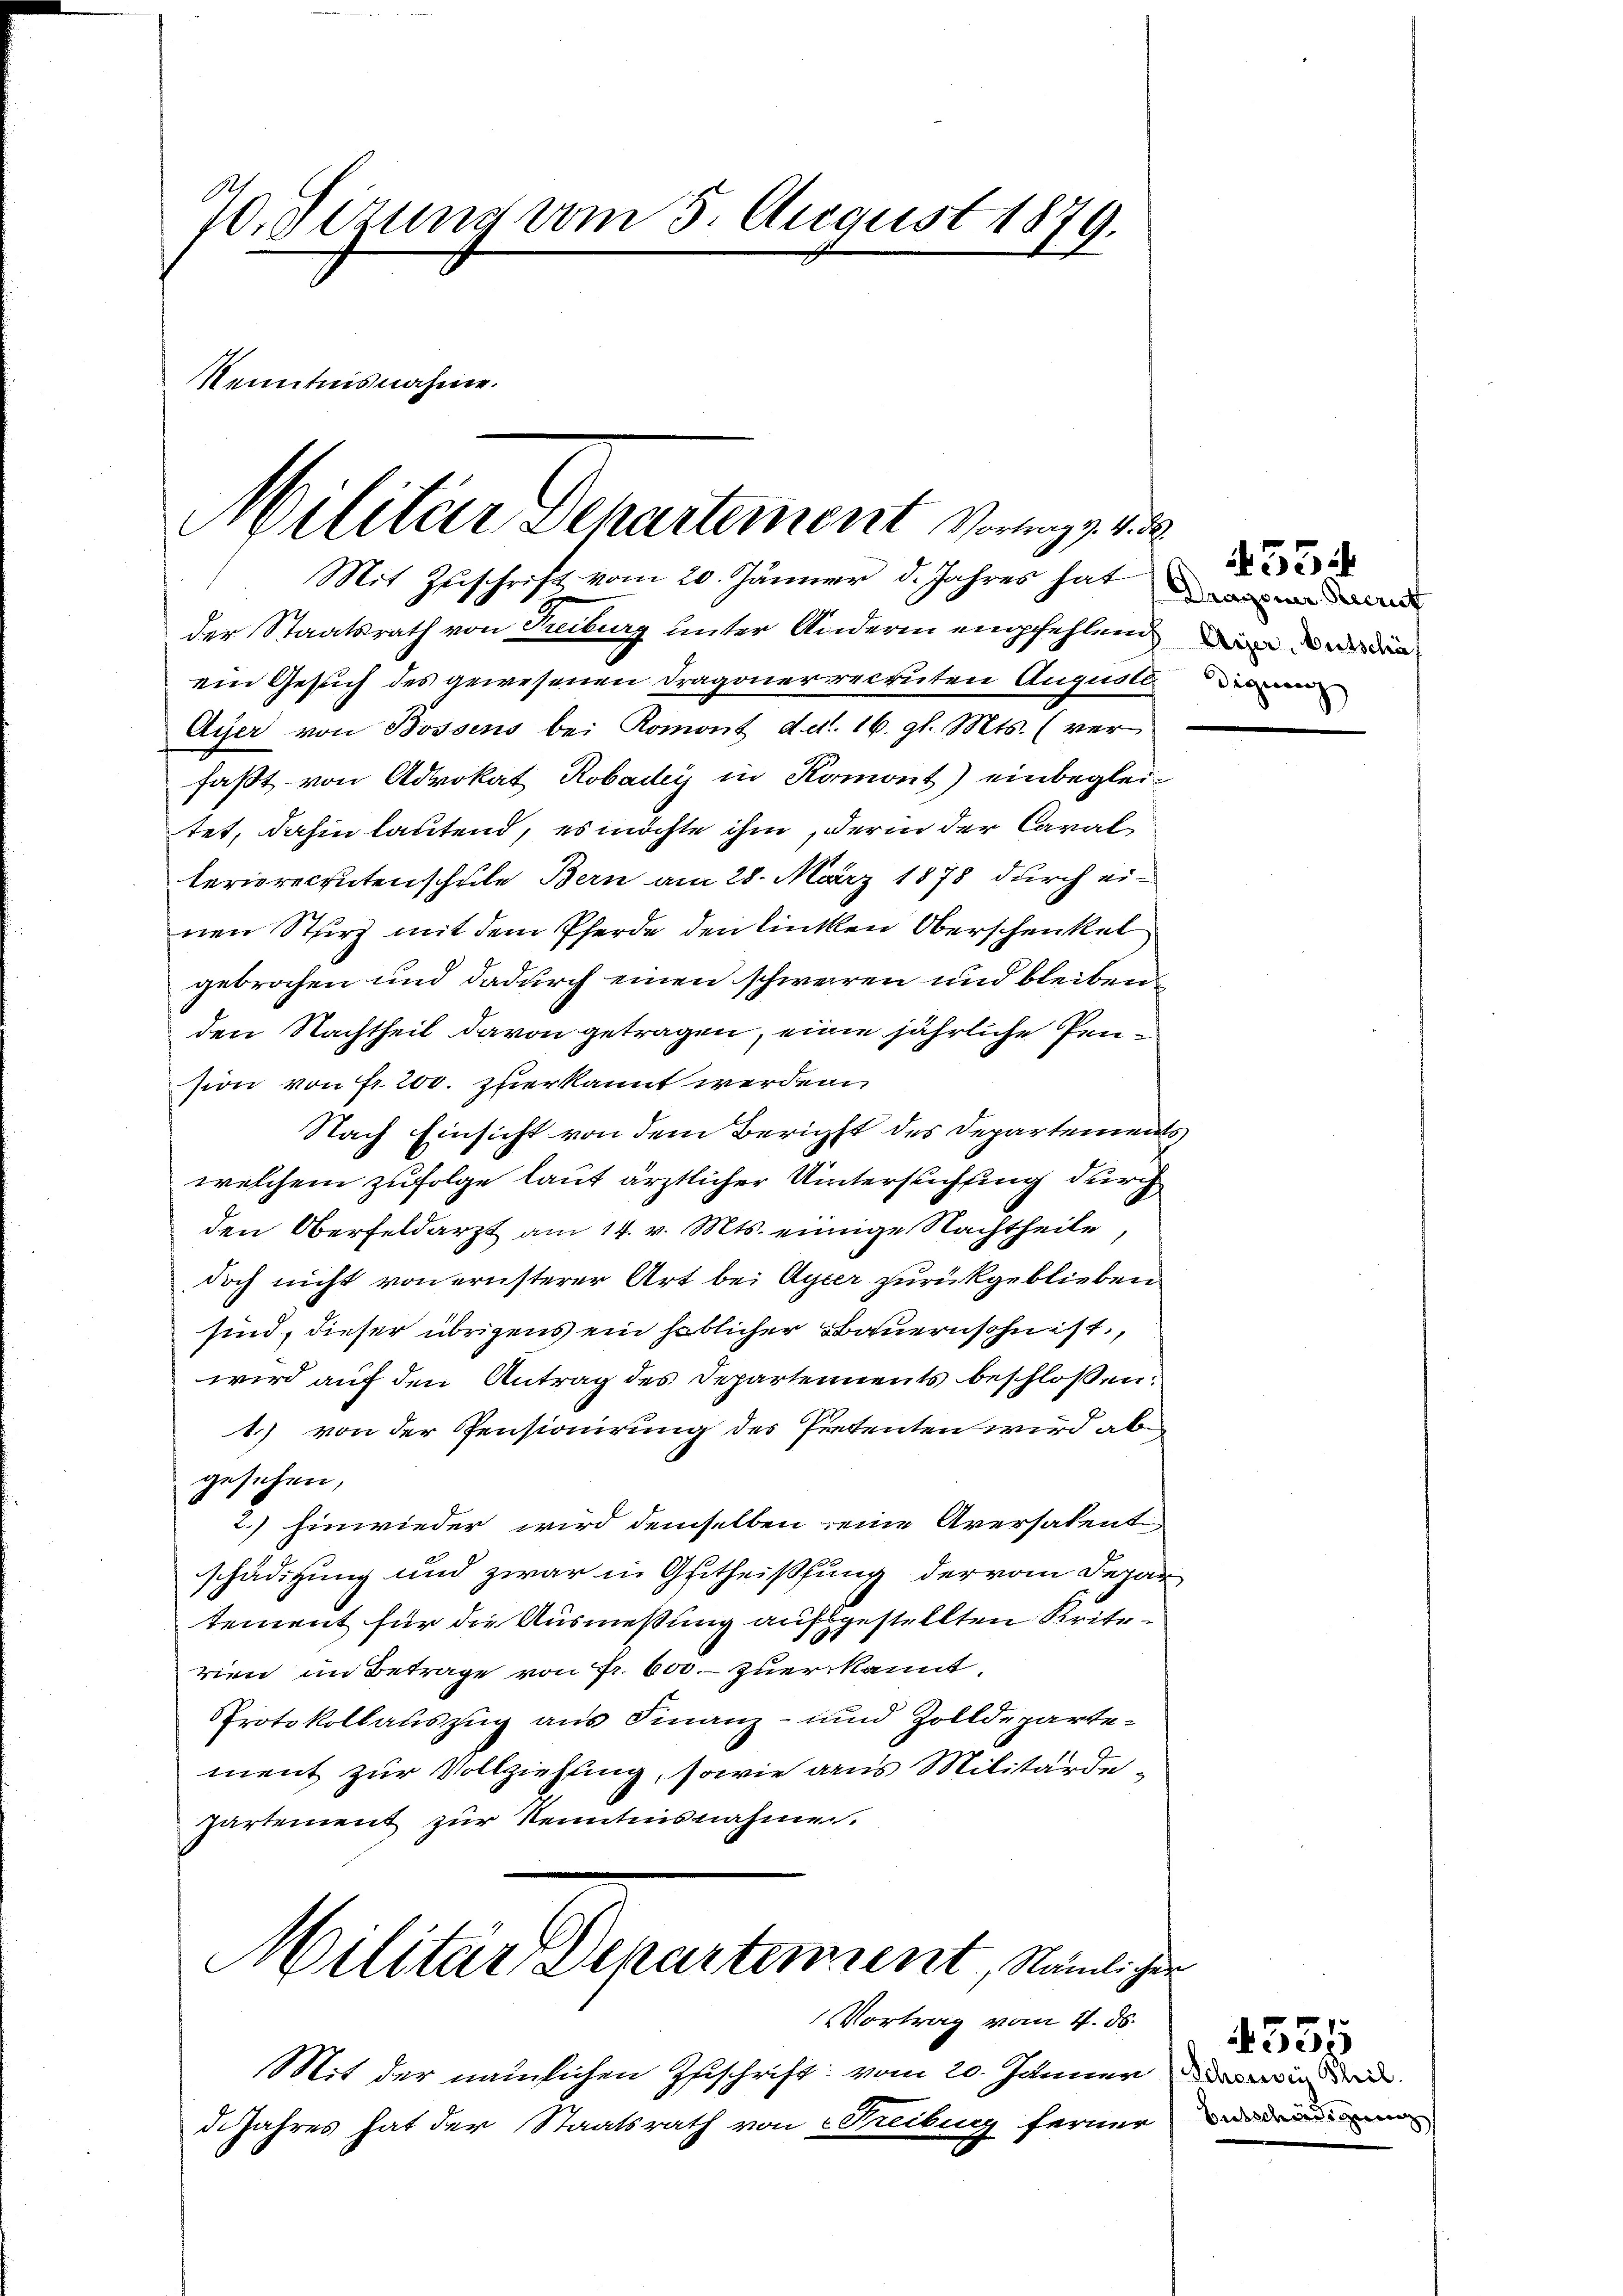
70. Sezung vom 5. August 1879.

Militar Departement vorge i

Kenntnisnahme.

Mit Zuschrift vom 20. Jänner d. Jahres hat de
der Staatsrath von Treiburg unter Andern empfehlend wir und die
ein Gesuch des gewesenen Dragoner recruten Auguste
Ayer von Bossens bei Romont d.d. 16. gl. Mts. (ver-
faßt von Advokat Robadey in Komont) einbegleitet, dahin lautend, es möchte ihm, der in der Cavallerierekrutenschule Bern am 28. März 1878 durch einen Sturz mit dem Pferde den linken Oberschenkel
gebrochen und dadurch einen schwerren und bleibenden Nachtheil davon getragen, eine jährliche Pension von Fr. 200. zuerkannt werden
Nach Einsicht von dem Bericht des Departements
welchem zufolge laut ärztlicher Untersuchung durch
den Oberfeldarzt am 14. v. Mts. einige Nachtheile,
doch nicht von ernsterer Art bei Ayeer zurückgeblieben
sind, dieser übrigens ein hoblicher Bauernsohn ist,
wird auf den Antrag des Departements beschlossen:
1.) von der Pensionirung des Pretenten wird ab
gesehen,
2.) hinwieder wird demselben seine Aversalenten
schädigung und zwar in Gutheißung der vom Depar
tement für die Ausmeßung aufsgestellten Kriterien im Betrage von Fr. 600. zuer kannt.
Protokollauszug aus Finanz- und Zolldepartement zur Vollziehung, sowie aus Militärdepartement zur Kenntnisnahme.
Militär Departement, Nämlicher
VVortrag vom 4. ds.
Mit der nämlichen Zuschrift vom 20. Jänner wird
dijahres hat der Staatsrath von Keiburg ferner der

diquenz

534

4555